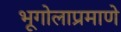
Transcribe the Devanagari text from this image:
भूगोलाप्रमाणे